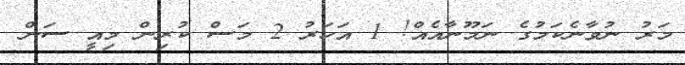
މަރު ނުވާނެކަމުގެ ނަމޫނާއެއް! 1 އަހަރު 2 މަސް ކުރިން މިއީ ސަން